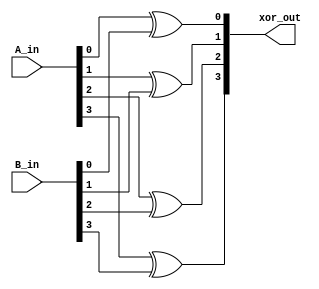
module four_bit_xor(

    input [3:0] A_in,

    input [3:0] B_in,

    output [3:0] xor_out

    );

    

    xor g1(xor_out[0],A_in[0],B_in[0]);

    xor g2(xor_out[1],A_in[1],B_in[1]);

    xor g3(xor_out[2],A_in[2],B_in[2]);

    xor g4(xor_out[3],A_in[3],B_in[3]);

endmodule